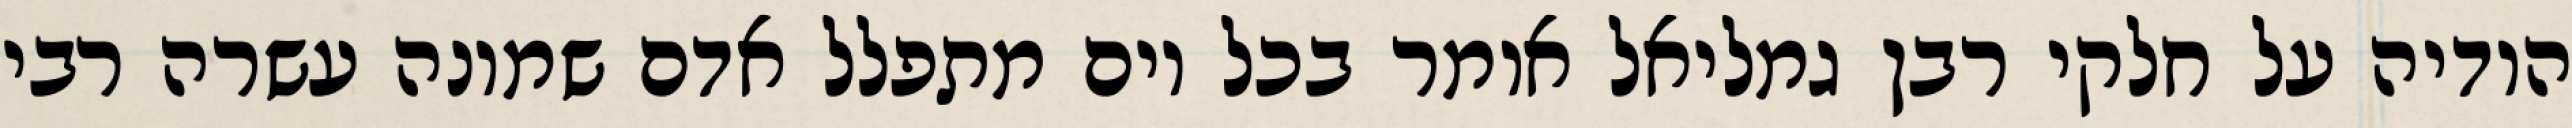
הודיה על חלקי רבן גמליאל אומר בכל יום מתפלל אדם שמונה עשרה רבי